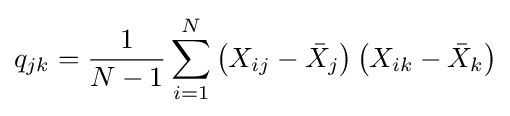
q_{jk}={\frac {1}{N-1}}\sum _{i=1}^{N}\left(X_{ij}-{\bar {X}}_{j}\right)\left(X_{ik}-{\bar {X}}_{k}\right)